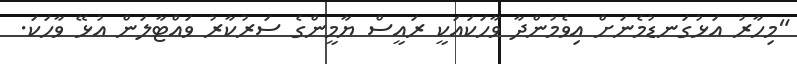
"މިހާރު އަޅުގަނޑުމެނަށް އިވެމުންދާ ވާހަކައަކީ ރައީސް ޔާމީންގެ ސަރުކާރު ވައްޓާލަން އުޅޭ ވާހަކަ.